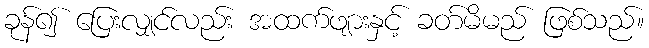
ခုန်၍ ပြေးလျှင်လည်း အထက်ဖျားနှင့် ခတ်မိမည် ဖြစ်သည်။